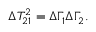
\Delta T _ { 2 1 } ^ { 2 } = \Delta \Gamma _ { 1 } \Delta \Gamma _ { 2 } .